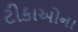
ટીકાઓના